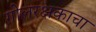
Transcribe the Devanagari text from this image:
गोलरक्षकाचा